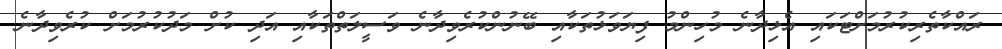
ރައްކާތެރިކުރުމަށްޓަކައި އެޅިދާނެ މުހިންމު ފިޔަވަޅުތަކާއި ބޭނުންކުރެވިދާނެ ވަސީލަތްތަކާއި އަދި ކުށް މަދުކުރުމަށް ކުރެވިދާނެ